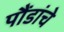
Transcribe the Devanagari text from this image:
पौंडांचे